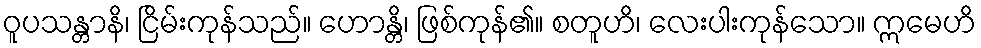
ဝူပသန္တာနိ၊ ငြိမ်းကုန်သည်။ ဟောန္တိ၊ ဖြစ်ကုန်၏။ စတူဟိ၊ လေးပါးကုန်သော။ ဣမေဟိ